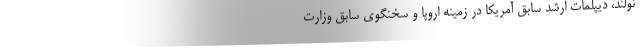
نولند، دیپلمات ارشد سابق آمریکا در زمینه اروپا و سخنگوی سابق وزارت